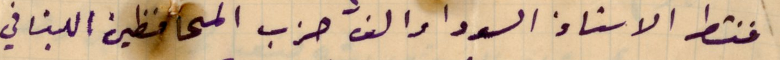
فنشط الاستاذ السودا والف حزب المحافظين اللبناني